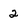
Character: 2